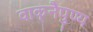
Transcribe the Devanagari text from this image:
वाक्‌नैपुण्य